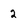
Character: 2